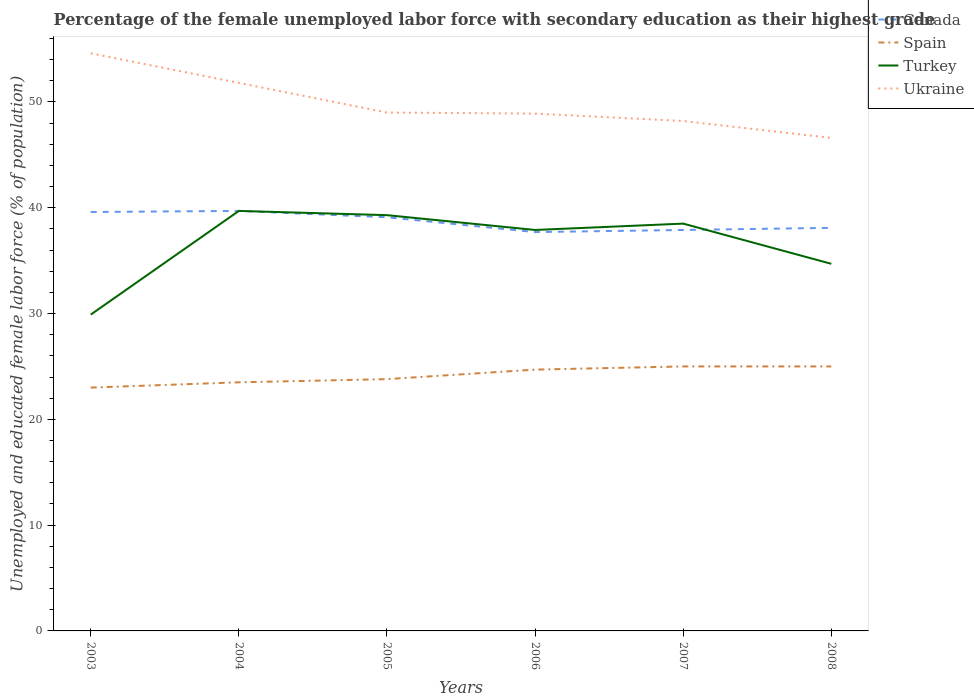
| Years | Canada | Spain | Turkey | Ukraine |
 | --- | --- | --- | --- | --- |
 | 2003 | 39.6 | 23 | 29.9 | 54.6 |
 | 2004 | 39.7 | 23.5 | 39.7 | 51.8 |
 | 2005 | 39.1 | 23.8 | 39.3 | 49 |
 | 2006 | 37.7 | 24.7 | 37.9 | 48.9 |
 | 2007 | 37.9 | 25 | 38.5 | 48.2 |
 | 2008 | 38.1 | 25 | 34.7 | 46.6 |